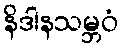
နိဒါနသမ္ဘဝံ